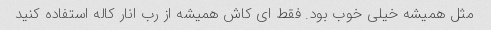
مثل همیشه خیلی خوب بود. فقط ای کاش همیشه از رب انار کاله استفاده کنید